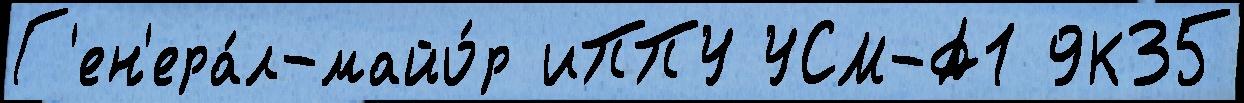
Г'ен'ера́л-майо́р иППУ УСМ-А1 9К35